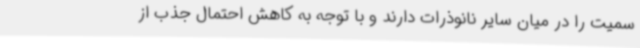
سمیت را در میان سایر نانوذرات دارند و با توجه به کاهش احتمال جذب از